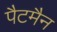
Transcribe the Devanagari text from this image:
पैटमैन